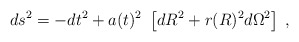
\begin{align*}ds^2 = -dt^2 + a(t)^2~ \left[ dR^2 + r(R)^2 d\Omega^2 \right] \;, \end{align*}